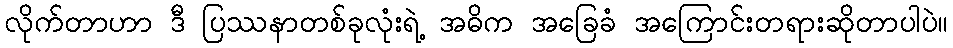
လိုက်တာဟာ ဒီ ပြဿနာတစ်ခုလုံးရဲ့ အဓိက အခြေခံ အကြောင်းတရားဆိုတာပါပဲ။